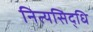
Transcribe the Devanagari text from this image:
नित्यसिद्धि